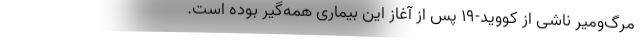
مرگ‌ومیر ناشی از کووید-۱۹ پس از آغاز این بیماری همه‌گیر بوده است.